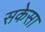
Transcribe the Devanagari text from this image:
सकेसा